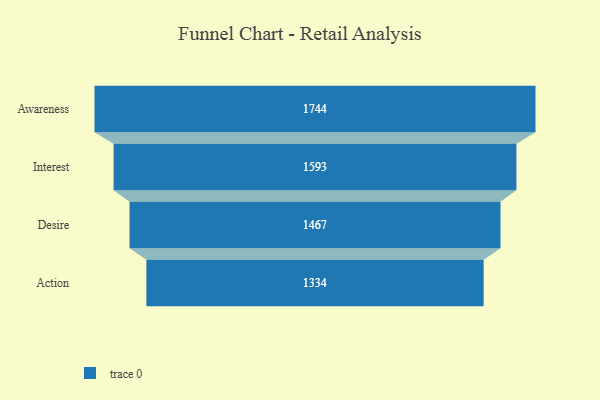
{"axis": {"x": "Stage", "y": "Value"}, "legend": [""], "data": [{"x": "Awareness", "y": 1744.0, "type": ""}, {"x": "Interest", "y": 1593.0, "type": ""}, {"x": "Desire", "y": 1467.0, "type": ""}, {"x": "Action", "y": 1334.0, "type": ""}]}